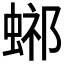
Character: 𧌴